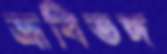
ভ্রূবিভঙ্গ